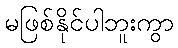
မဖြစ်နိုင်ပါဘူးကွာ